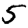
Digit: 5